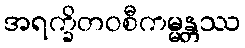
အရက္ခိတဝစီကမ္မန္တဿ